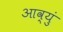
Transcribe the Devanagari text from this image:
आव्युं